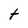
Character: t